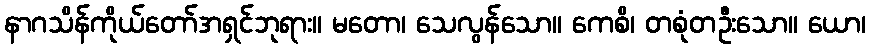
နာဂသိန်ကိုယ်တော်အရှင်ဘုရား။ မတော၊ သေလွန်သော။ ကေစိ၊ တစုံတဦးသော။ ယော၊